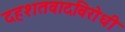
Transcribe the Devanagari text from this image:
दहशतवादविरोधी